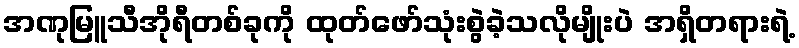
အဏုမြူသီအိုရီတစ်ခုကို ထုတ်ဖော်သုံးစွဲခဲ့သလိုမျိုးပဲ အရှိတရားရဲ့